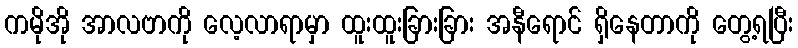
ကမိုအို အာလဗာကို လေ့လာရာမှာ ထူးထူးခြားခြား အနီရောင် ရှိနေတာကို တွေ့ရပြီး